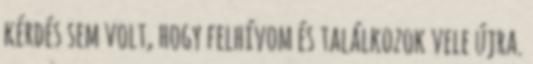
kérdés sem volt, hogy felhívom és találkozok vele újra.